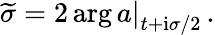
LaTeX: \widetilde{\sigma}=\left.2\arg a\right|_{t+{\mathrm{i}\sigma}/2}\, .